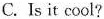
C. Is it cool？